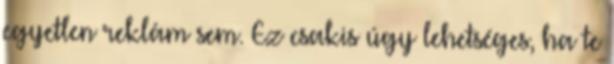
egyetlen reklám sem. Ez csakis úgy lehetséges, ha te